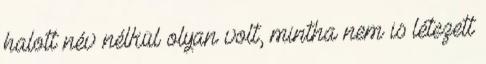
halott név nélkül olyan volt, mintha nem is létezett